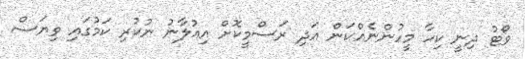
ވޯޓު ދިނީ ކިހާ މީހުންނެއްކަން އަދި ރަސްމީކޮށް އިއުލާނު ނުކުރި ކަމުގައި ވިޔަސް